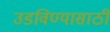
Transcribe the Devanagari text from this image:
उडविण्यासाठी